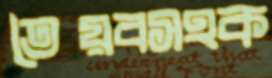
তৈয়বসহক